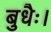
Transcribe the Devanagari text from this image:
बुधैः।